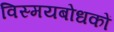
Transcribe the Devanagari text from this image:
विस्मयबोधकों